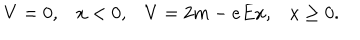
LaTeX: V = 0 , x < 0 , V = 2 m - e E x , x \geq 0 .